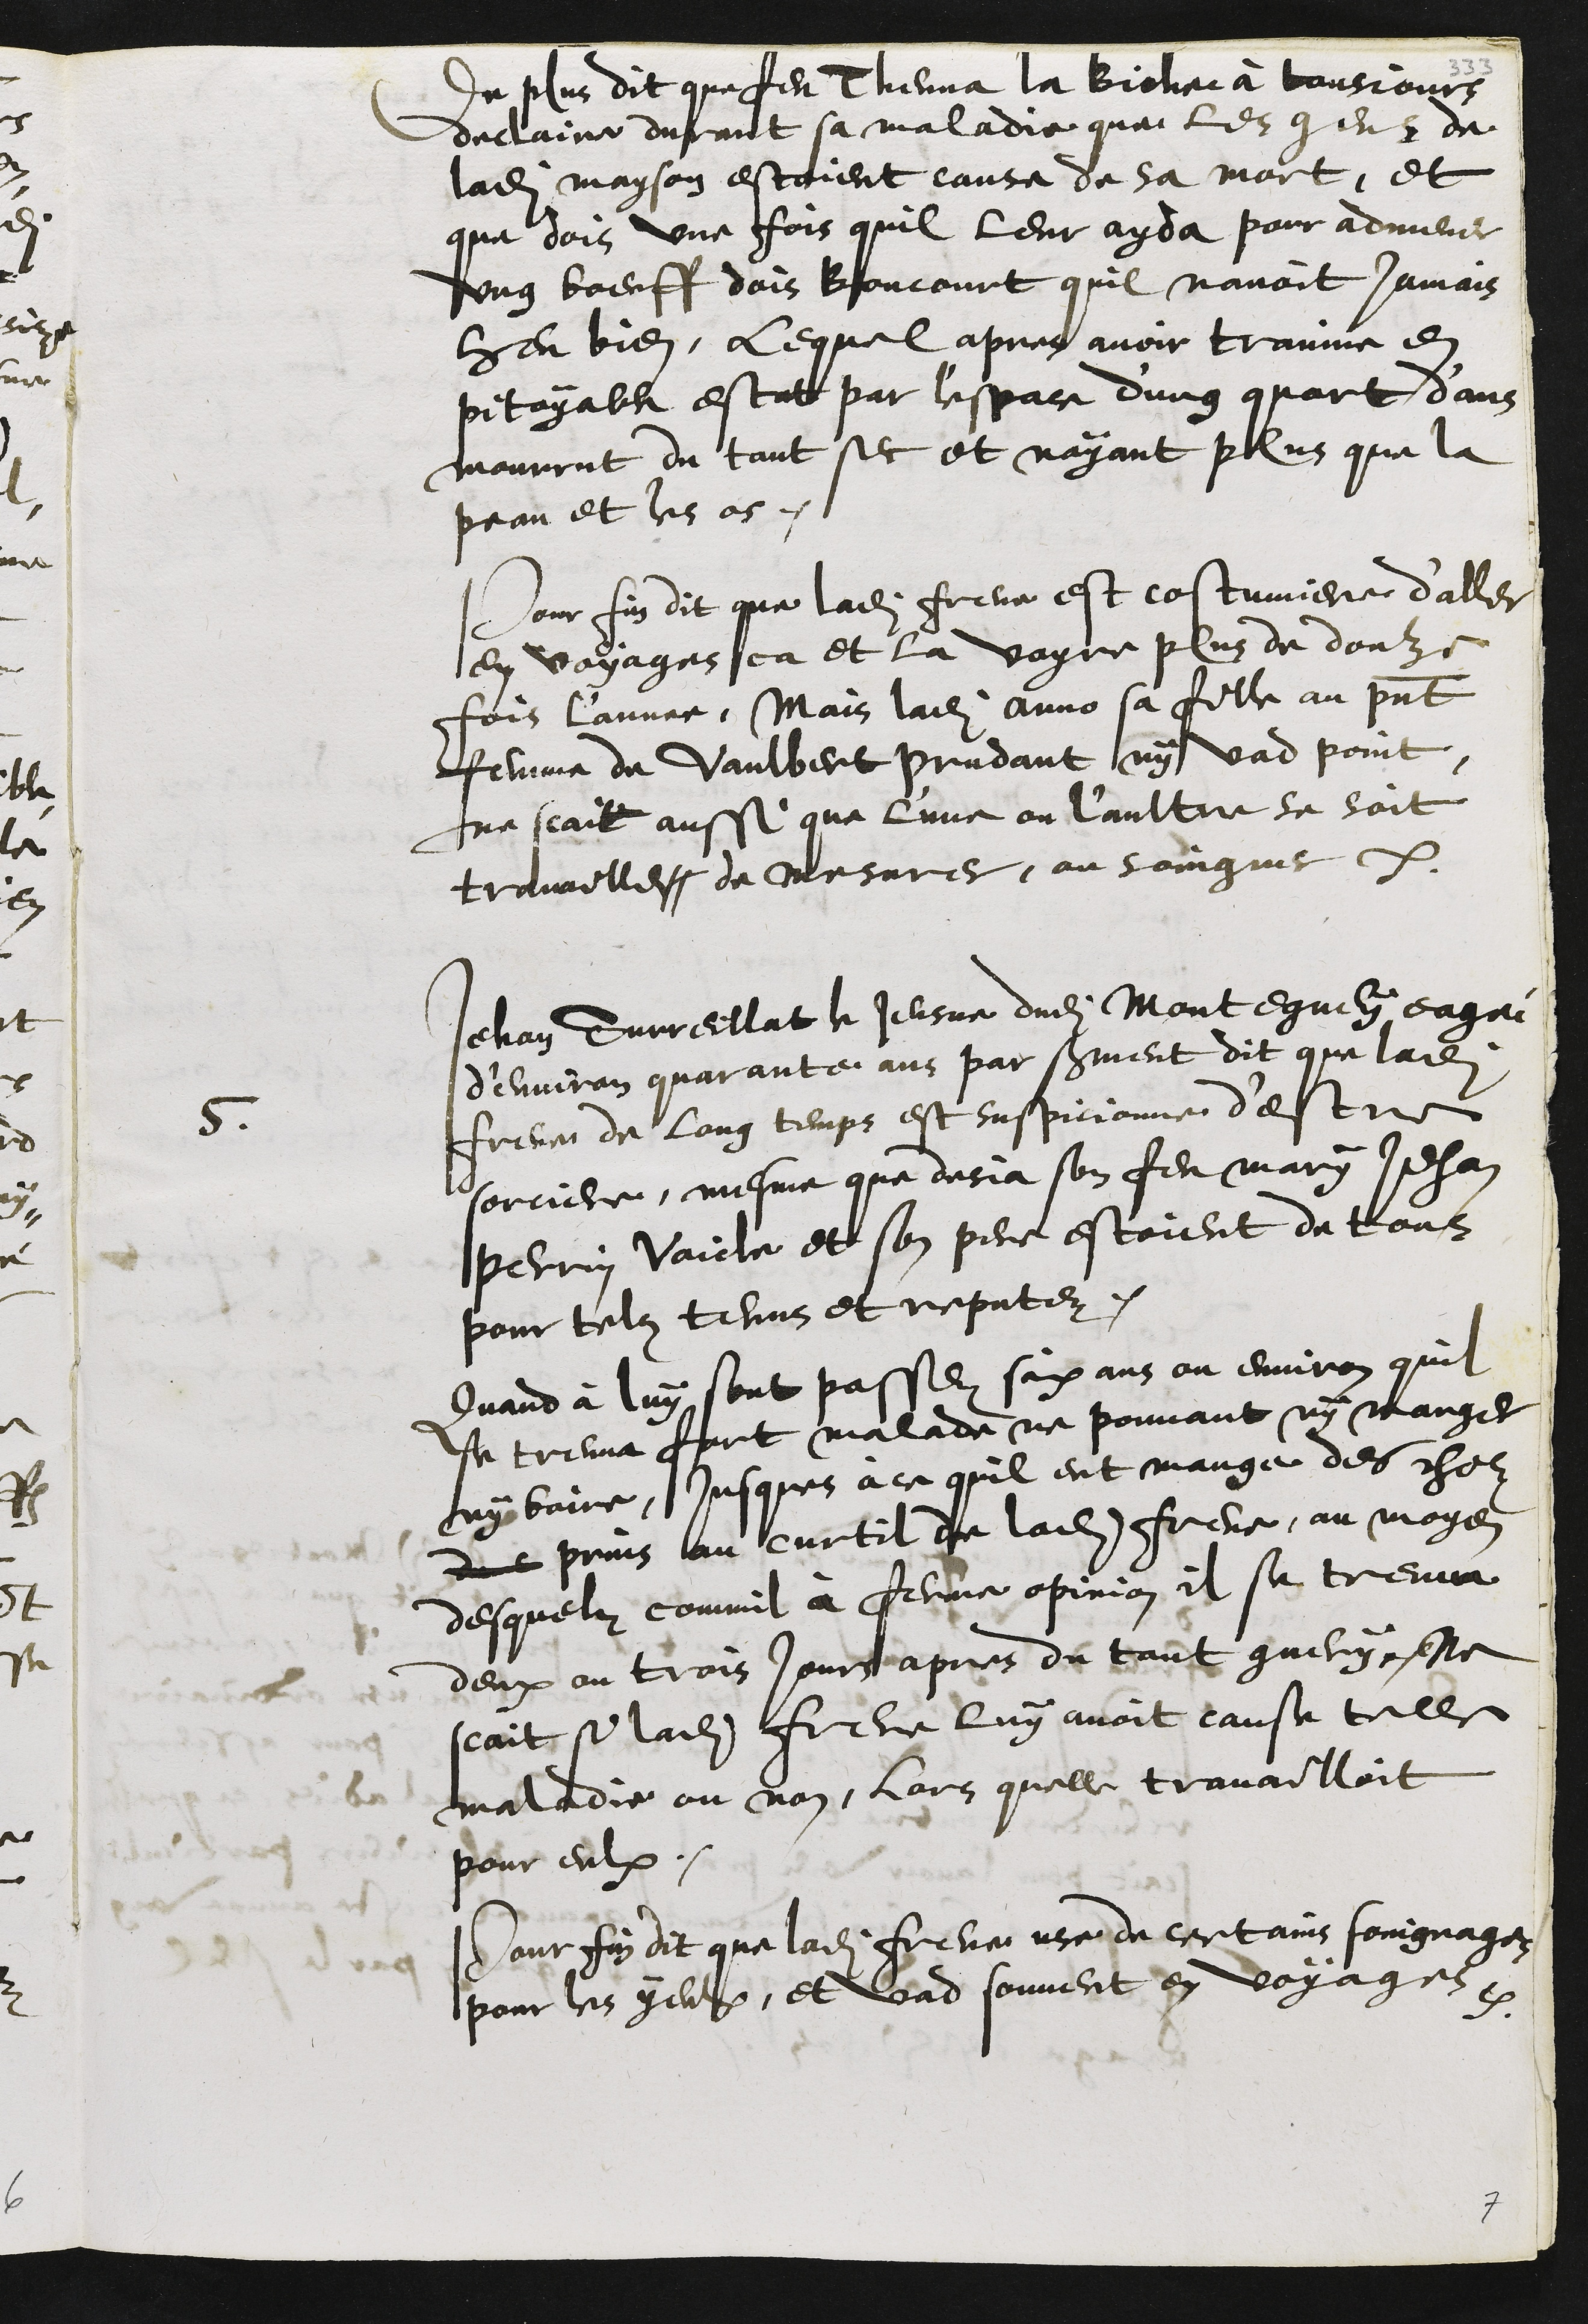
de plus dit que feu Thenna la Biche à tousjours
declaire durant sa maladie que les gens de
ladite mayson estoient cause de sa mort, et
que dois une fois quil leur ayda pour admener
ung boeuff dois Boncourt quil navoit jamais
heu bien, lequel apres avoir trainne en
pitoyable estat par l'espace d'ung quart d'ans
mourrut du tout sec et n'ayant plus que la
peau et les os.
Pour fin dit que ladite Frene est costumiere d'aller
en voyages ca et la voyre plus de douze
fois l'annee, Mais ladite Anno sa fille au present
femme de Vaulbert Prudant ny vad point,
ne scait aussi que l'une ou l'aultre se soit
travaille de mesurer, ou soingner.
5
Jehan Surreillat le Jeusne dudit Montegney eagé
d’environ quarante ans par serment dit que ladite
Frene de long temps est suspicionné d'estre
sorciere, mesme que desja son feu mary Jehan
Perrin Vaicle et son pere estoient de tous
pour telz tenus et reputez.
Quand à luy sont passez six ans ou environ quil
se treuva fort malade ne pouvant ny manger
ny boire, jusques à ce quil eut mange des cholz
des prins au curtil de ladite Frene, au moyen
desquelz commil a ferme opinion il se treuva
deux ou trois jours apres du tout guery, Ne
scait si ladite Frene luy avoit cause telle
maladie ou non, lors quelle travailloit
pour eulx.
Pour fin dit que ladite Frene use de certains soingnages
pour les yeulx, et vad souvent en voyages.
7